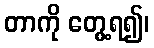
တာကို တွေ့ရ၍၊